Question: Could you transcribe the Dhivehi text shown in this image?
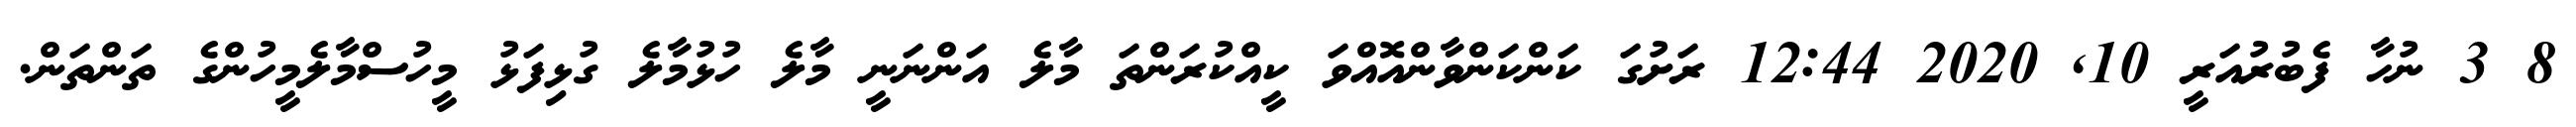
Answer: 8 3 ނުހާ ފެބުރުއަރީ 10, 2020 12:44 ރަށުގަ ކަންކަންވާންއޮއްވަ ކީއްކުރަންތަ މާލެ އަންނަނީ މާލެ ހުޅުމާލެ ގުޅިފަޅު މީހުސްމާލެމީހުންގެ ތަންތަން.